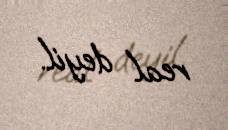
real deyil.